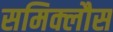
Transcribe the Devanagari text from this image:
समिक्लौस